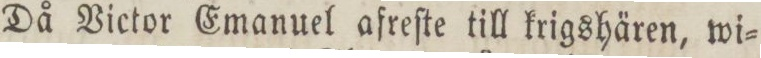
Då Victor Emanuel afreſte till krigshären, wi=